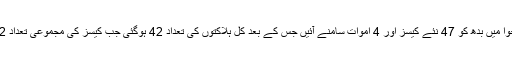
خیبرپختونخوا میں بدھ کو 47 نئے کیسز اور 4 اموات سامنے آئیں جس کے بعد کل ہلاکتوں کی تعداد 42 ہوگئی جب کیسز کی مجموعی تعداد 912 ہوگئی۔